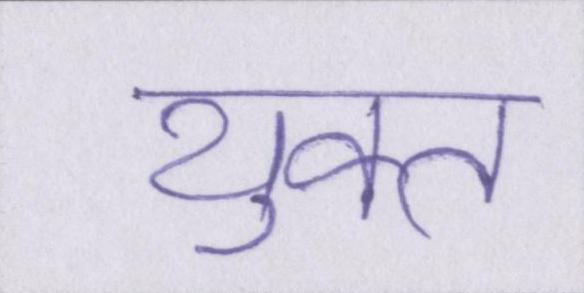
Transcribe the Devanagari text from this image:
युक्त